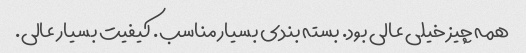
همه چیز خیلی عالی بود. بسته بندی بسیار مناسب. کیفیت بسیار عالی.